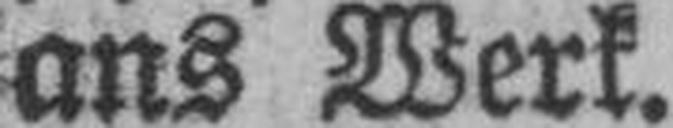
ans Werk.